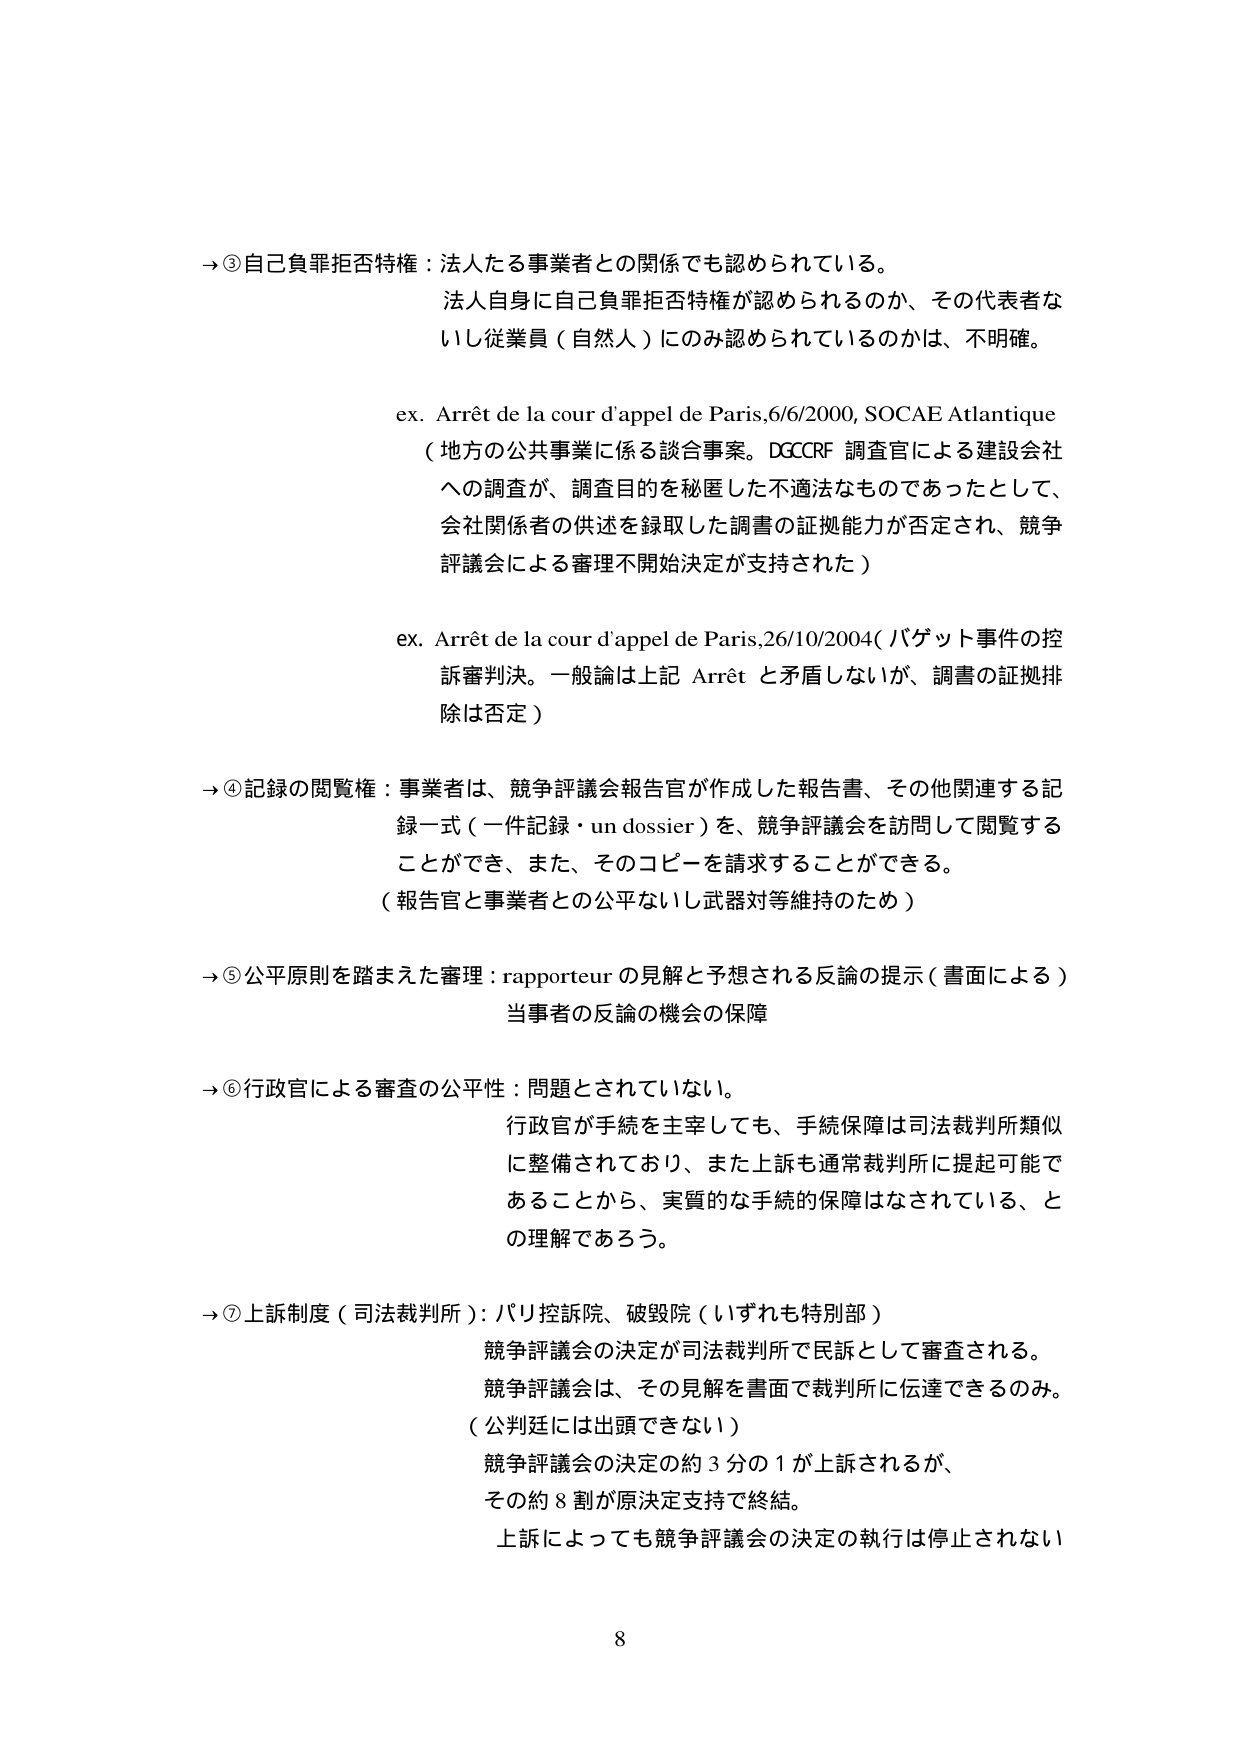
→③自己負罪拒否特権：法人たる事業者との関係でも認められている。
法人自身に自己負罪拒否特権が認められるのか、その代表者ないし従業員（自然人）にのみ認められているのかは、不明確。

ex. Arrêt de la cour d'appel de Paris,6/6/2000, SOCAE Atlantique
（地方の公共事業に係る談合事案。DGCCRF 調査官による建設会社への調査が、調査目的を秘匿した不適法なものであったとして、会社関係者の供述を録取した調書の証拠能力が否定され、競争評議会による審理不開始決定が支持された）

ex. Arrêt de la cour d'appel de Paris,26/10/2004（バゲット事件の控訴審判決。一般論は上記 Arrêt と矛盾しないが、調書の証拠排除は否定）

→④記録の閲覧権：事業者は、競争評議会報告官が作成した報告書、その他関連する記録一式（一件記録・un dossier）を、競争評議会を訪問して閲覧することができ、また、そのコピーを請求することができる。
（報告官と事業者との公平ないし武器対等維持のため）

→⑤公平原則を踏まえた審理：rapporteur の見解と予想される反論の提示（書面による）
当事者の反論の機会の保障

→⑥行政官による審査の公平性：問題とされていない。
行政官が手続を主宰しても、手続保障は司法裁判所類似に整備されており、また上訴も通常裁判所に提起可能であることから、実質的な手続の保障はなされている、との理解であろう。

→⑦上訴制度（司法裁判所）：パリ控訴院、破毀院（いずれも特別部）
競争評議会の決定が司法裁判所で民訴として審査される。
競争評議会は、その見解を書面で裁判所に伝達できるのみ。
（公判廷には出頭できない）
競争評議会の決定の約3分の1が上訴されるが、
その約8割が原決定支持で終結。
上訴によっても競争評議会の決定の執行は停止されない

8